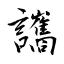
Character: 讗